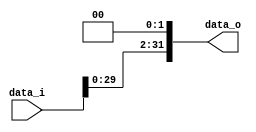
//Subject:      CO project 2 - Shift_Left_Two_32
//--------------------------------------------------------------------------------
//Version:     1
//--------------------------------------------------------------------------------
//Description: 
//--------------------------------------------------------------------------------

module Shift_Left_Two_32(
    data_i,
    data_o
    );

//I/O ports                    
input [32-1:0] data_i;
output [32-1:0] data_o;

//shift left 2
assign data_o = (data_i << 2);     
endmodule